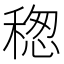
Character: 𥠡